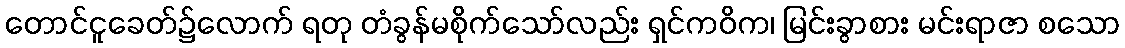
တောင်ငူခေတ်၌လောက် ရတု တံခွန်မစိုက်သော်လည်း ရှင်ကဝိက၊ မြင်းခွာစား မင်းရာဇာ စသော